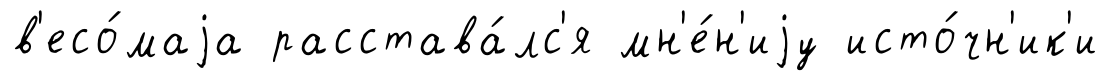
в'есо́маjа расстава́лс'я мн'е́н'иjу исто́чн'ик'и